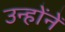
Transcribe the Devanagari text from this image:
उन्हाेंनें